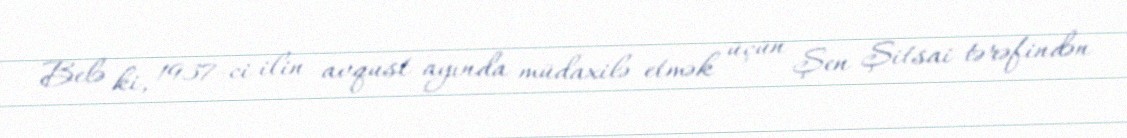
Belə ki, 1937-ci ilin avqust ayında müdaxilə etmək üçün Şen Şitsai tərəfindən